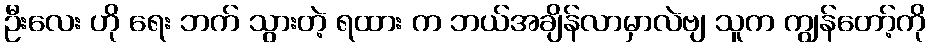
ဦးလေး ဟို ရေး ဘက် သွားတဲ့ ရထား က ဘယ်အချိန်လာမှာလဲဗျ သူက ကျွန်တော့်ကို